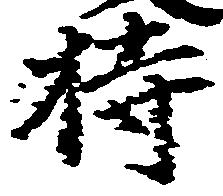
持